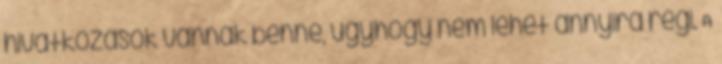
hivatkozások vannak benne, úgyhogy nem lehet annyira régi. A